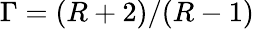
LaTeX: \mathnormal{\Gamma}=(R+2)/(R-1)